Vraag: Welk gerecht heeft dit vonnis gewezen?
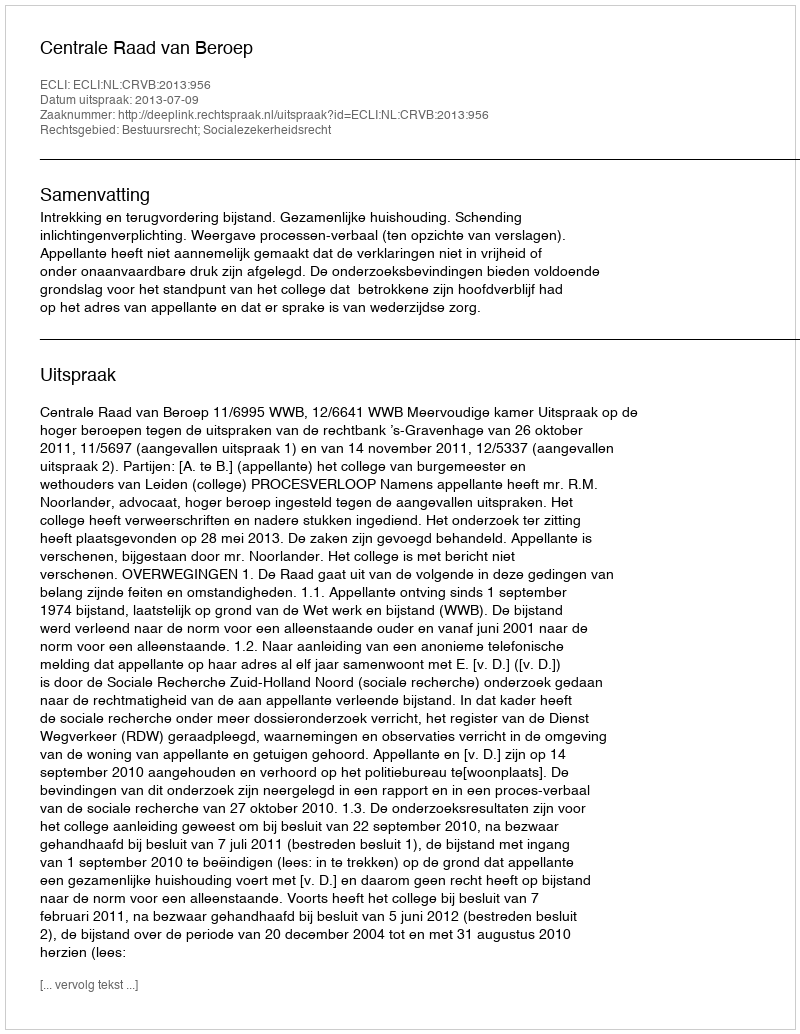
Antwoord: Centrale Raad van Beroep